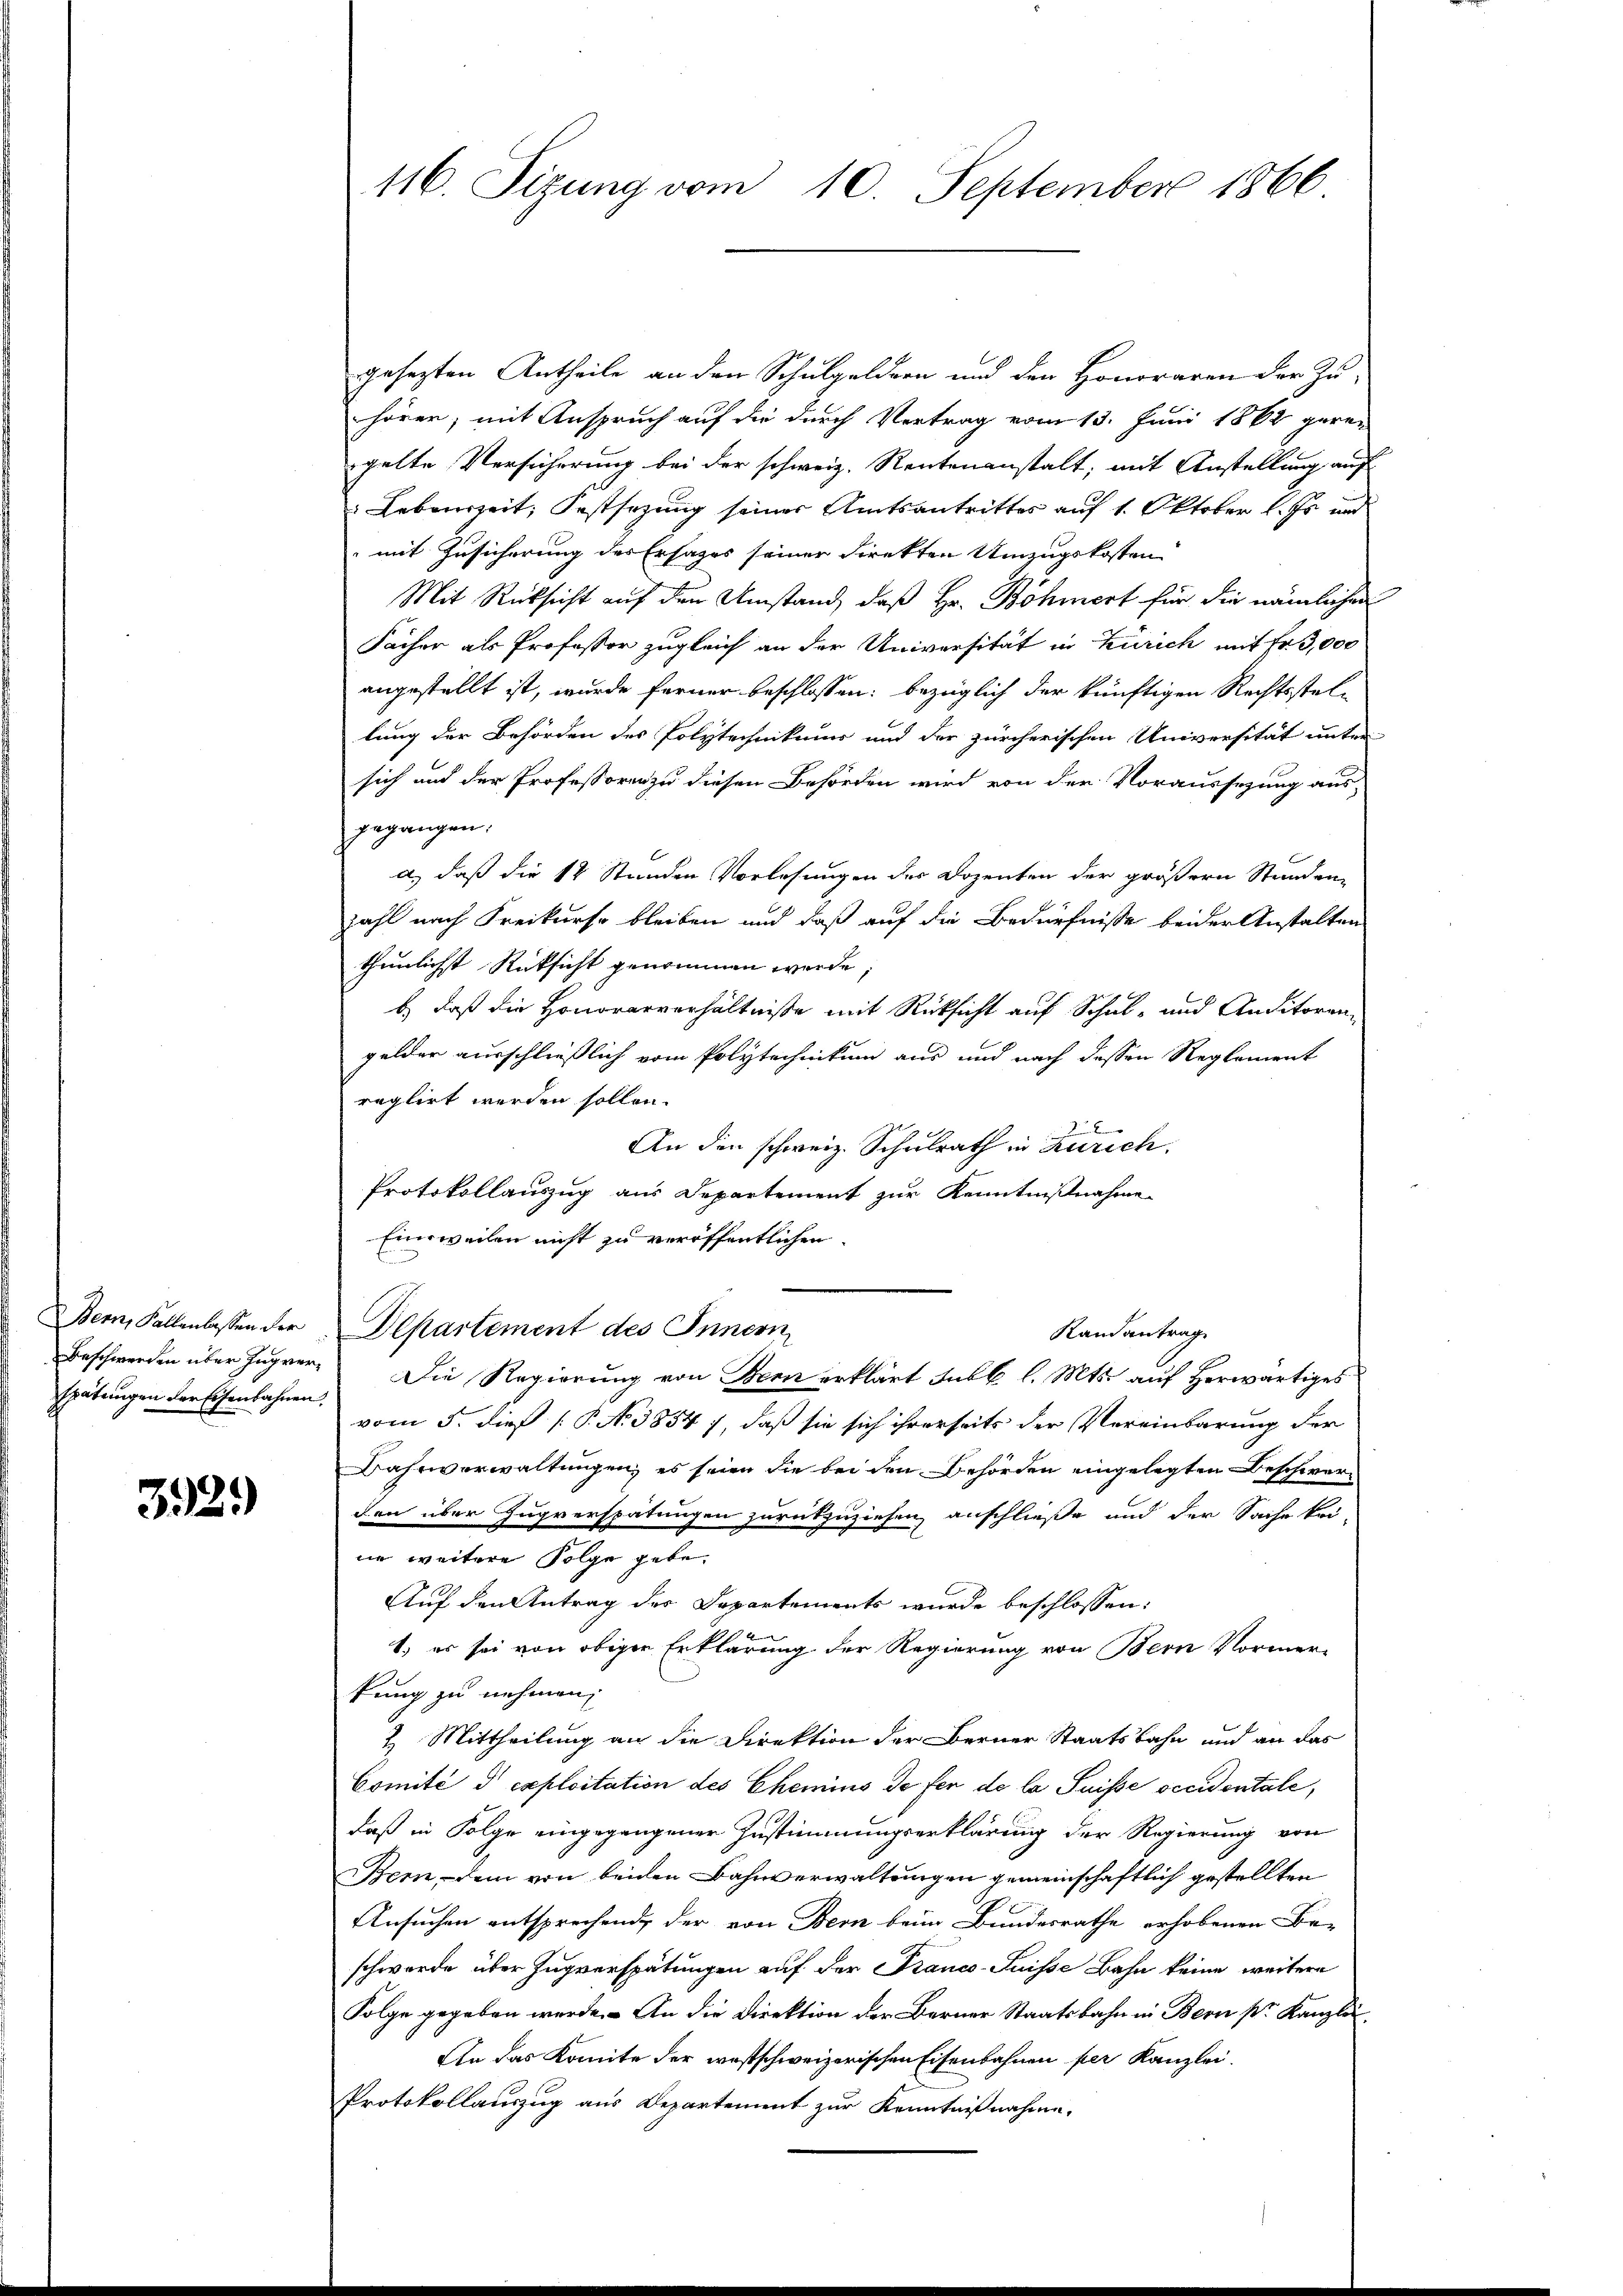
Bern, Fallenlassen der
spätungen der Eisenbahnen.

392.)

116. Sizung vom 10. September 1866

gesezten Antheile an den Schulgeldern und den Honoraren der Zu-
hören, mit Anspruch auf die durch Vertrag vom 13. Juni 1862 gerei
gelte Versicherung bei der schweiz. Rentenanstalt; mit Anstellung auf
Lebenszeit, Festsezung seiner Amtsantrittes auf 1. Oktober l. Js. und
mit Zusicherung des Ersatzes seiner Direkten Umzugskosten
Mit Rücksicht auf den Umstand, daß Hr. Böhmert für die nämlichen
Fächer als Professor zugleich an der Universität in Zürich mit Fr. 3,000
angestellt ist, wurde ferner beschlossen: bezüglich der künftigen Rechtsstel-
lung der Behörden des Polytechnikums und der zürcherischen Universität unter
sich und der Professoren zu diesen Behörden wird von der Voraussezung aus-
gegangen.
a.) daß die 12 Stunden Vorlesungen der Dozenten der größern Stunden-
zahl nach Freikurse bleiben und daß auf die Bedürfnisse beider Anstalten
thunlichst Rücksicht genommen werde;
b.) daß die Honorarverhältniße mit Rücksicht auf Schul- und Auditorengelder ausschließlich vom Polytechnikum aus und nach dessen Reglement
reglirt werden sollen.

An den schweiz. Schulrath in Zürich.
Protokollauszug aus Departement zur Kenntnißnahme
Einweilen nicht zu veröffentlichen
Departement des Innern
Randantrag
Beschwerden über Jugrer. Die Regierung von Bern erklärt subl. l. Mts. auf herwärtiges
vom 5. dieß (P. N. 3854), daß sie sich ihrerseits der Vereinbarung der
Bahnverwaltungen, es seien die bei den Behörden eingelegten Beschwerden über Zugverspätungen zurückzuziehen, anschließe und der Sache kei-
ne weitere Folge gebe.
Auf den Antrag des Departements wurde beschlossen:
f
1.) es sei von obiger Erklärung der Regierung von Bern Vormer-
kung zu nehmen,
2. Mittheilung an die Direktion der Berner Staatsbahn und an das
Comité d exploitation des Chemins de fer de la Suisse vecidentale,
daß in Folge eingegangener Zustimmungserklärung der Regierung von
Bern, dem von beiden Bahnverwaltungen gemeinschaftlich gestellten
Ansuchen entsprechend, der von Bern beim Bundesrathe erhobenen Be-
schwerde über Zugverspätungen auf der Franco-Suisse Bahn keine weitere
Folge gegeben werde. – An die Direktion der Berner Staatsbahn in Bern pr. Kanzlei
An das Komite der westschweizerischen Eisenbahnen per Kanzlei.
Protokollauszug aus Departement zur Kenntnißnahme.